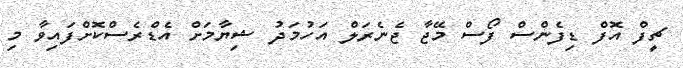
ޗީފް އޮފް ޑިފެންސް ފޯސް މޭޖާ ޖެނެރަލް އަހުމަދު ޝިޔާމަށް އެޑްރެސްކޮށްފައިވާ މި